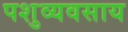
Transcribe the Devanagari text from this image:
पशुव्यवसाय